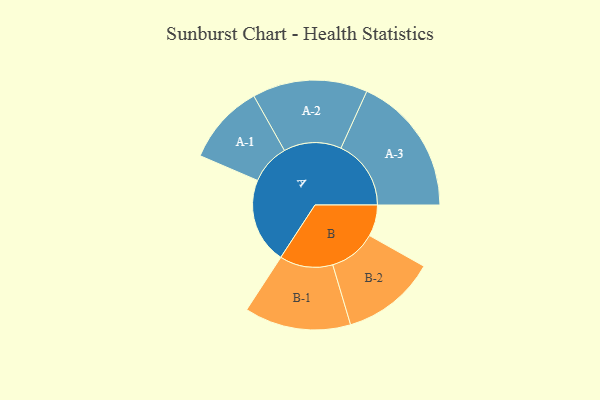
{"axis": {"x": "Segment", "y": "Value"}, "legend": ["", "A", "B"], "data": [{"x": "A", "y": 314, "type": ""}, {"x": "B", "y": 115, "type": ""}, {"x": "A-1", "y": 147, "type": "A"}, {"x": "A-2", "y": 211, "type": "A"}, {"x": "A-3", "y": 257, "type": "A"}, {"x": "B-1", "y": 195, "type": "B"}, {"x": "B-2", "y": 173, "type": "B"}]}